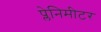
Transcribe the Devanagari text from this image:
प्लेनिमीटर